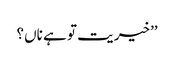
’’خیریت تو ہے ناں؟